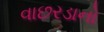
વાછરડાનો